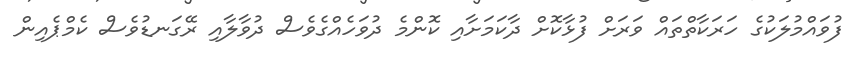
ފުވައްމުލަކުގެ ހަރަކާތްތައް ވަރަށް ފުޅާކޮށް ދާކަމަށާއި ކޮންމެ ދުވަހެެއްގެވެސް ދުވާލާއި ރޭގަނޑުވެސް ކެމްޕެއިން